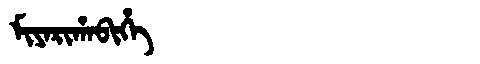
Manchu: ᠮᡳᠶᠠᡵᡳᡥᠠᠪᡳᡥᡝ
Romanization: MIYARIHABIHE